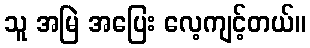
သူ အမြဲ အပြေး လေ့ကျင့်တယ်။